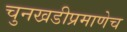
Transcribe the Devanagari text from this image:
चुनखडीप्रमाणेच